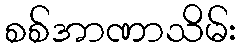
စစ်အာဏာသိမ်း